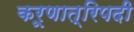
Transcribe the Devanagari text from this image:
करूणात्रिपदी